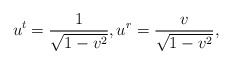
\begin{align*} u^t=\frac{1}{\sqrt{1-v^2}},u^r=\frac{v}{\sqrt{1-v^2}},\end{align*}